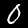
Digit: 0